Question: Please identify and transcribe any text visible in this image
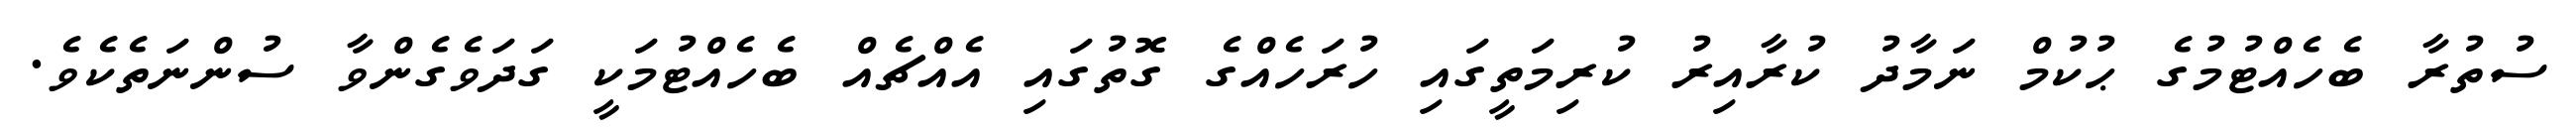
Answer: ސުތުރާ ބެހެއްޓުމުގެ ޙުކުމް ނަމާދު ކުރާއިރު ކުރިމަތީގައި ހުރަހެއްގެ ގޮތުގައި އެއްޗެއް ބެހެއްޓުމަކީ ގަދަވެގެންވާ ސުންނަތެކެވެ.